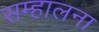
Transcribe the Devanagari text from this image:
सम्हालना